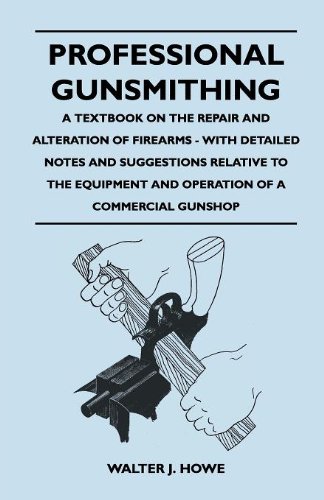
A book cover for Professional Gunsmithing - A Textbook on the Repair and Alteration of Firearms - With Detailed Notes and Suggestions Relative to the Equipment and Ope; Walter J. Howe; Crafts, Hobbies & Home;